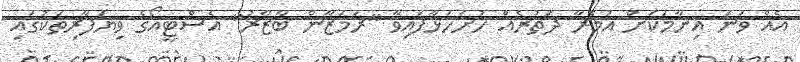
އެއް ވަނަ އިނާމަކަށް އުމްރާ ދަތުރެއް ހުށަހަޅާފައިވާ "ރަމަޒާން ބާޒާރު" އެސްޓީއޯގެ ވިޔަފާރިތަކުގައި